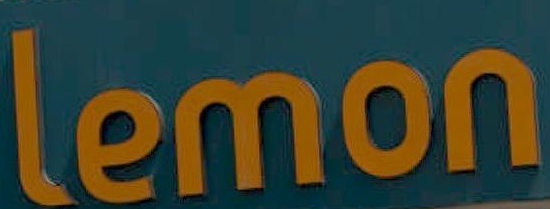
lemon